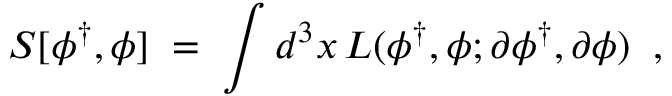
S [ \phi ^ { \dagger } , \phi ] \; = \; \int d ^ { 3 } x \, { \cal L } ( \phi ^ { \dagger } , \phi ; \partial \phi ^ { \dagger } , \partial \phi ) \; \; ,